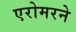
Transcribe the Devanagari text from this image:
एरोमरने